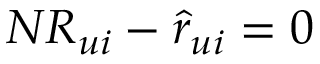
N R _ { u i } - \hat { r } _ { u i } = 0